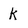
Character: k